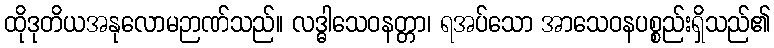
ထိုဒုတိယအနုလောမဉာဏ်သည်။ လဒ္ဓါသေဝနတ္တာ၊ ရအပ်သော အာသေဝနပစ္စည်းရှိသည်၏